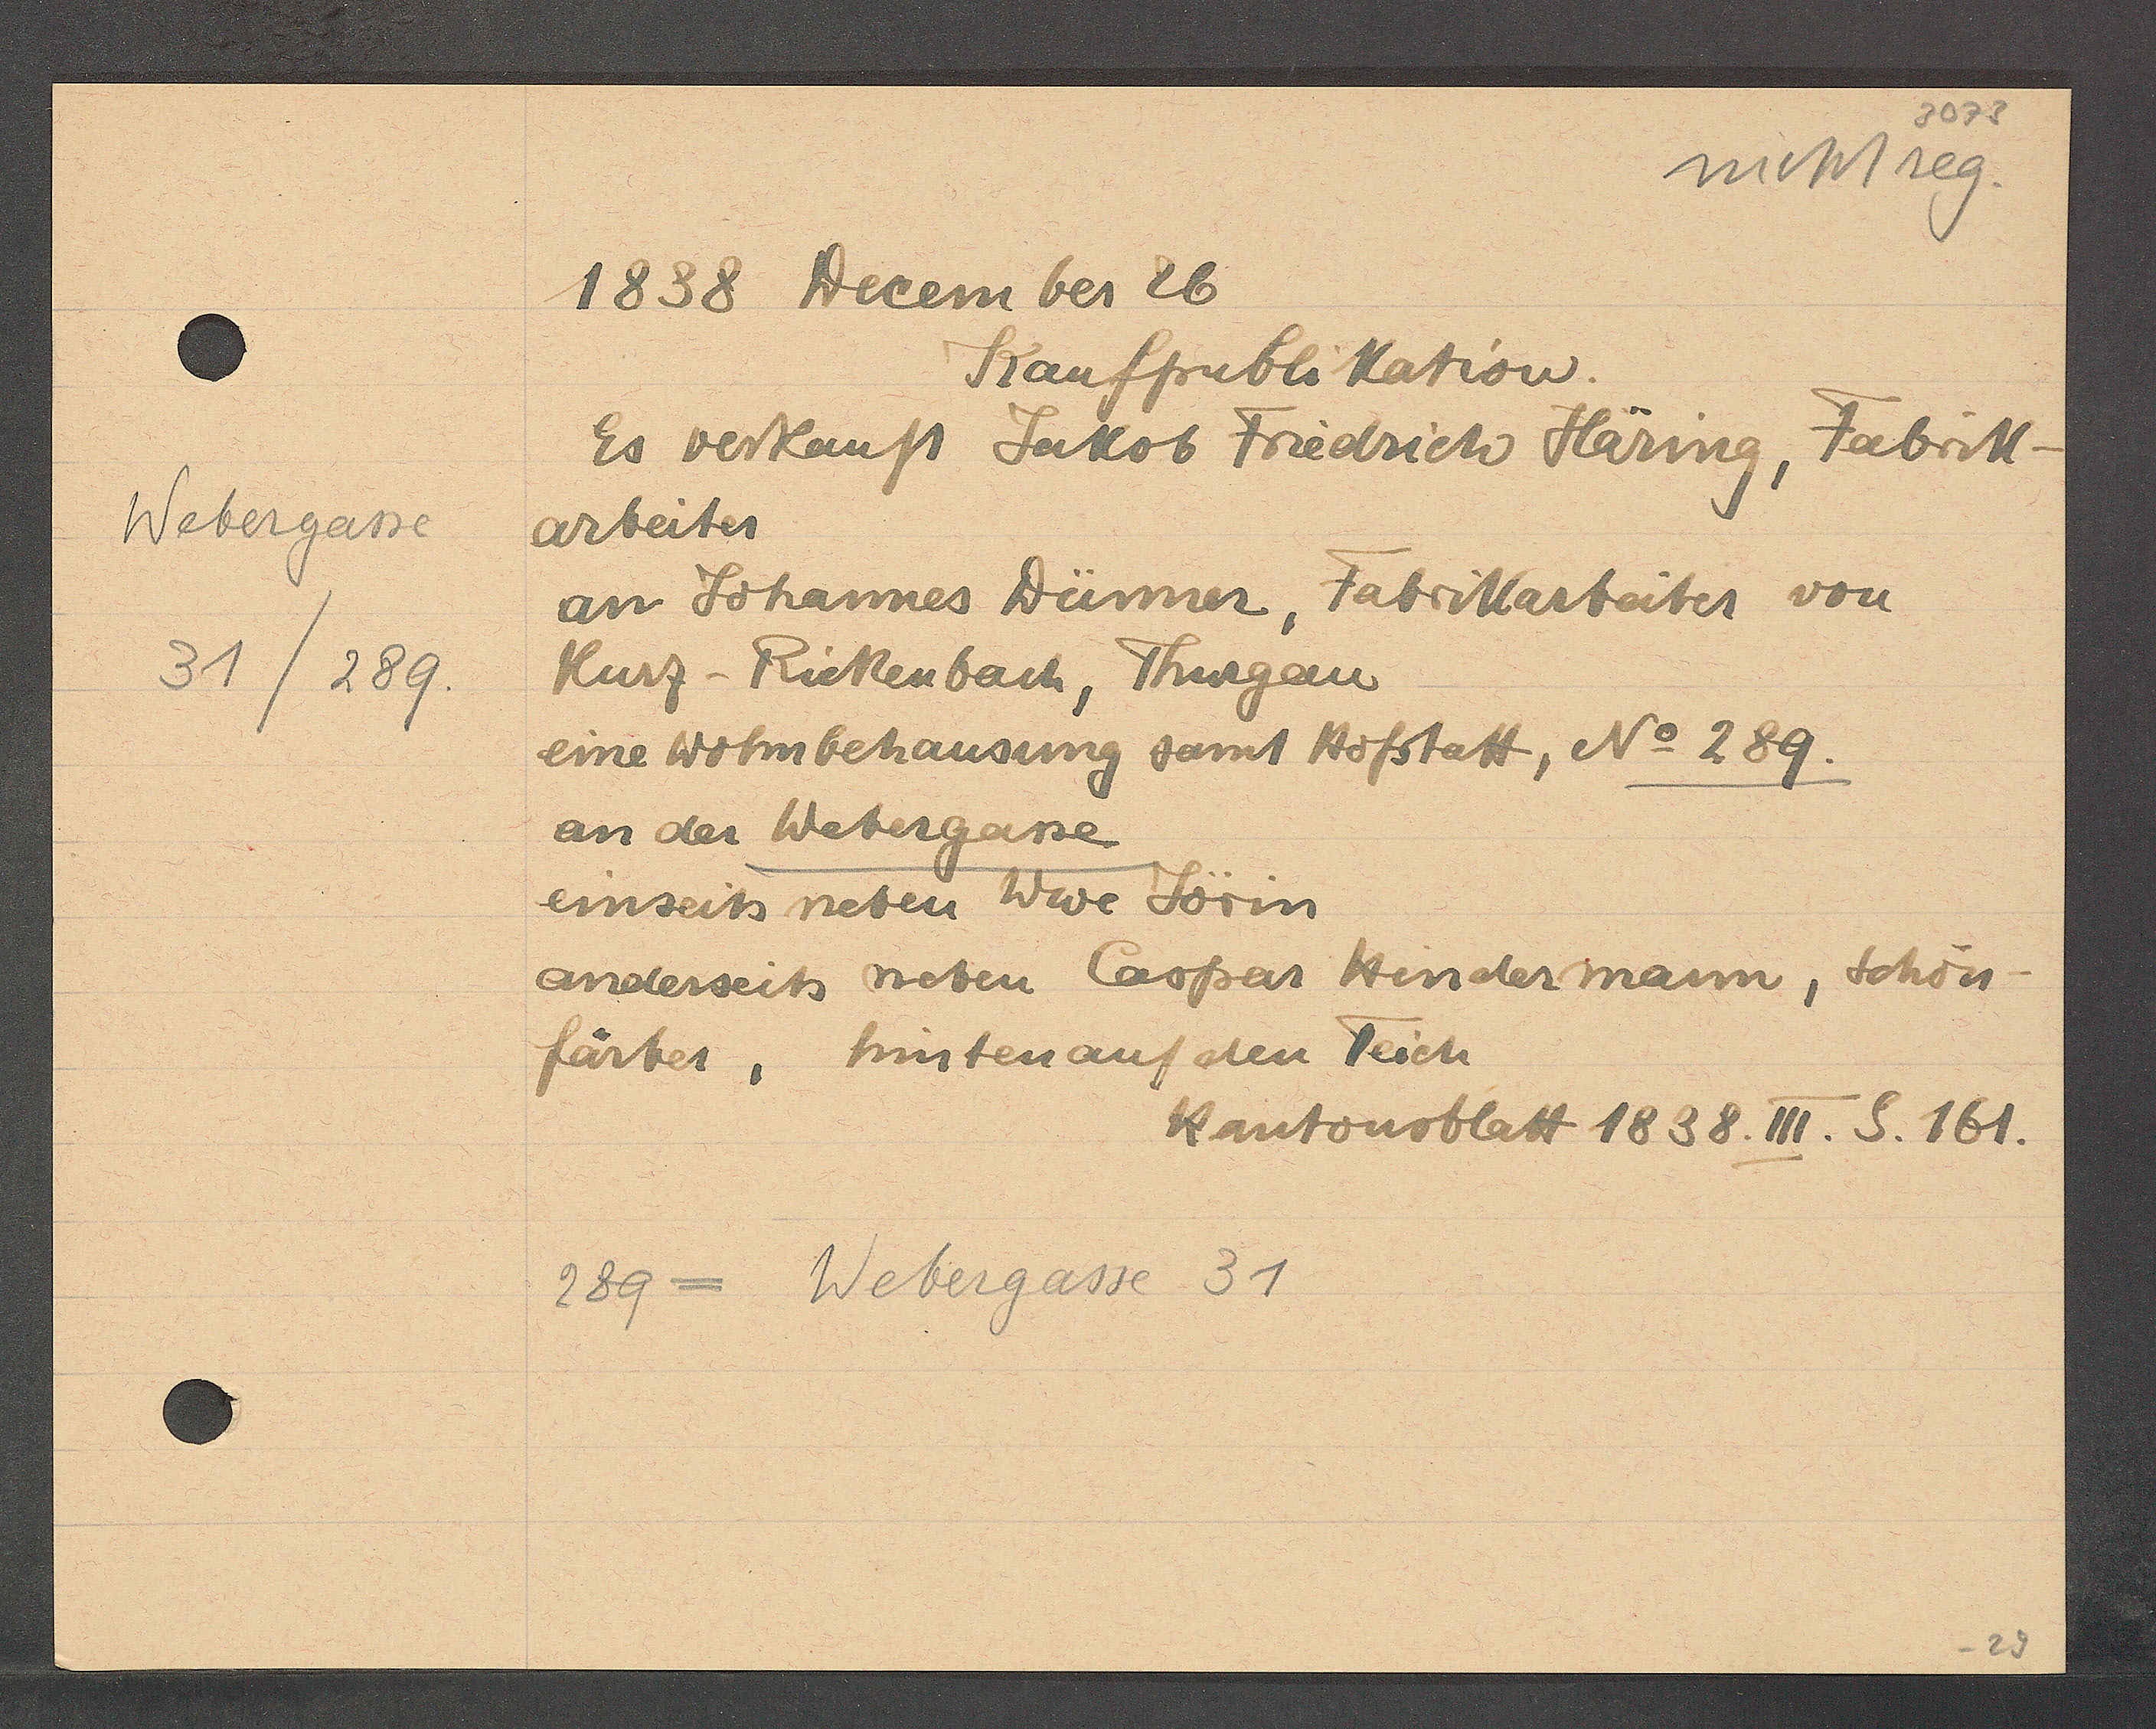
Transcript:
Webergasse
31/289

1838 December 26

Kaufpublikation.
Es verkauft Jakob Friedrich Häring, Fabrik-
arbeiter
an Johannes Dünner, Fabrikarbeiter
von
Kurz-Rickenbach, Thurgau
eine Wohnbehausung samt Hofstatt, No 289.
an der Webergasse
einseits neben Wwe Jörin
anderseits neben Caspar Hendermann, Schön
färber, hinten auf den Teich

289 = Webergasse 31

Kantonsblatt 1838. III. S. 161.